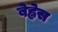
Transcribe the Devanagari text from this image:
बेह्नेस